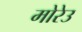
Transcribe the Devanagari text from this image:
मोरेउ